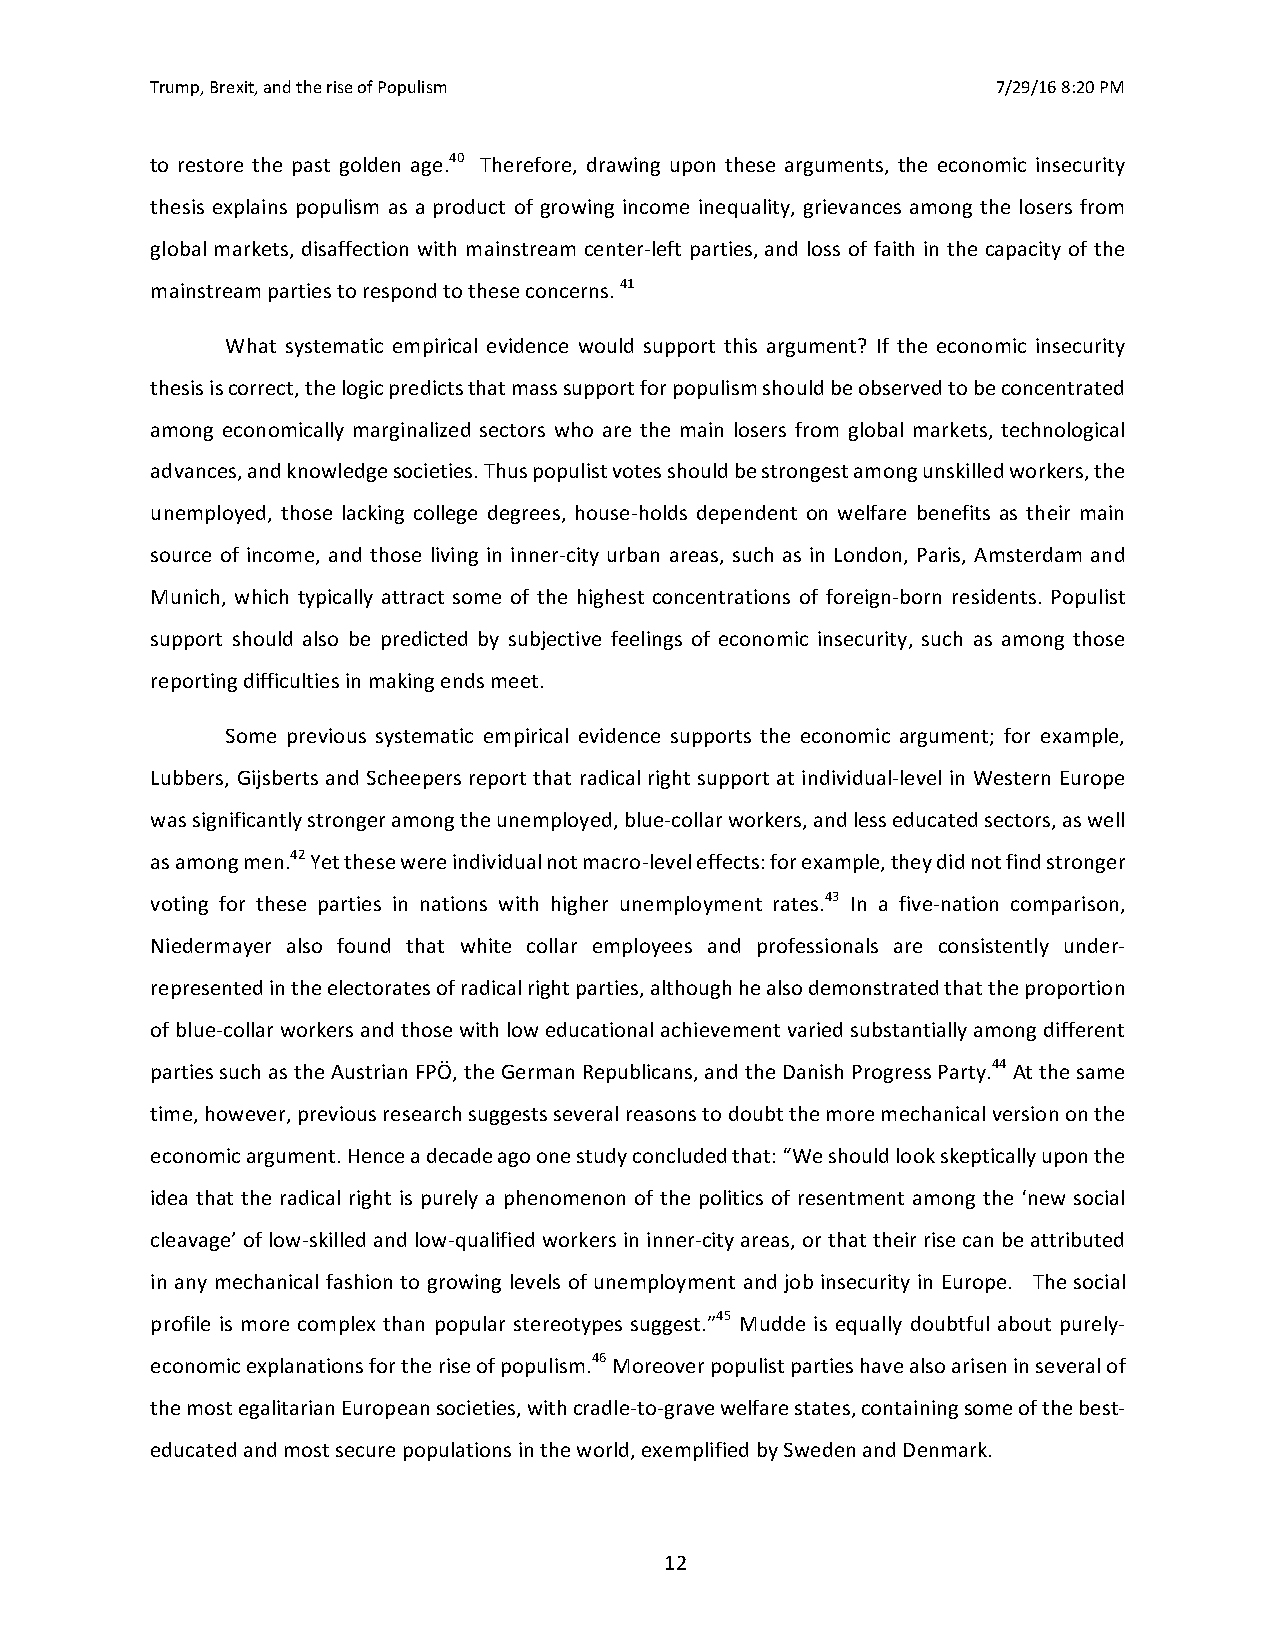
Trump, Brexit, and the rise of Populism                 7/29/16 8:20 PM
 to restore the past golden age.40 Therefore, drawing upon these arguments, the economic insecurity
 thesis explains populism as a product of growing income inequality, grievances among the losers from
 global markets, disaffection with mainstream center-left parties, and loss of faith in the capacity of the
 mainstream parties to respond to these concerns. 41
 What systematic empirical evidence would support this argument? If the economic insecurity
 thesis is correct, the logic predicts that mass support for populism should be observed to be concentrated
 among economically marginalized sectors who are the main losers from global markets, technological
 advances, and knowledge societies. Thus populist votes should be strongest among unskilled workers, the
 unemployed, those lacking college degrees, house-holds dependent on welfare benefits as their main
 source of income, and those living in inner-city urban areas, such as in London, Paris, Amsterdam and
 Munich, which typically attract some of the highest concentrations of foreign-born residents. Populist
 support should also be predicted by subjective feelings of economic insecurity, such as among those
 reporting difficulties in making ends meet.
 Some previous systematic empirical evidence supports the economic argument; for example,
 Lubbers, Gijsberts and Scheepers report that radical right support at individual-level in Western Europe
 was significantly stronger among the unemployed, blue-collar workers, and less educated sectors, as well
 as among men.42 Yet these were individual not macro-level effects: for example, they did not find stronger
 voting for these parties in nations with higher unemployment rates.43 In a five-nation comparison,
 Niedermayer also found that white collar employees and professionals are consistently under-
 represented in the electorates of radical right parties, although he also demonstrated that the proportion
 of blue-collar workers and those with low educational achievement varied substantially among different
 parties such as the Austrian FPÖ, the German Republicans, and the Danish Progress Party.44 At the same
 time, however, previous research suggests several reasons to doubt the more mechanical version on the
 economic argument. Hence a decade ago one study concluded that: “We should look skeptically upon the
 idea that the radical right is purely a phenomenon of the politics of resentment among the ‘new social
 cleavage’ of low-skilled and low-qualified workers in inner-city areas, or that their rise can be attributed
 in any mechanical fashion to growing levels of unemployment and job insecurity in Europe. The social
 profile is more complex than popular stereotypes suggest.”45 Mudde is equally doubtful about purely-
 economic explanations for the rise of populism.46 Moreover populist parties have also arisen in several of
 the most egalitarian European societies, with cradle-to-grave welfare states, containing some of the best-
 educated and most secure populations in the world, exemplified by Sweden and Denmark.
 12